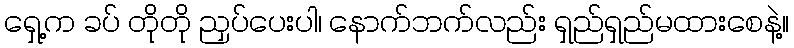
ရှေ့က ခပ် တိုတို ညှပ်ပေးပါ၊ နောက်ဘက်လည်း ရှည်ရှည်မထားစေနဲ့။